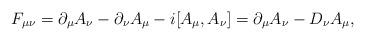
LaTeX: \begin{align*}F_{\mu\nu}= \partial_\mu A_\nu -\partial_\nu A_\mu - i[A_\mu,A_\nu] =\partial_\mu A_\nu - D_\nu A_\mu,\end{align*}